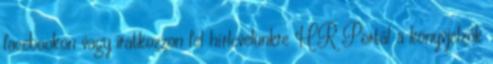
facebookon vagy iratkozzon fel hírlevelünkre HR Portál a könyvjelzők